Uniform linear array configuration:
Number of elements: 4
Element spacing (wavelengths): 1
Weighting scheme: binomial
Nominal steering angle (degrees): -15
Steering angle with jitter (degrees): -13.766
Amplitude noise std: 0.05
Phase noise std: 0.05

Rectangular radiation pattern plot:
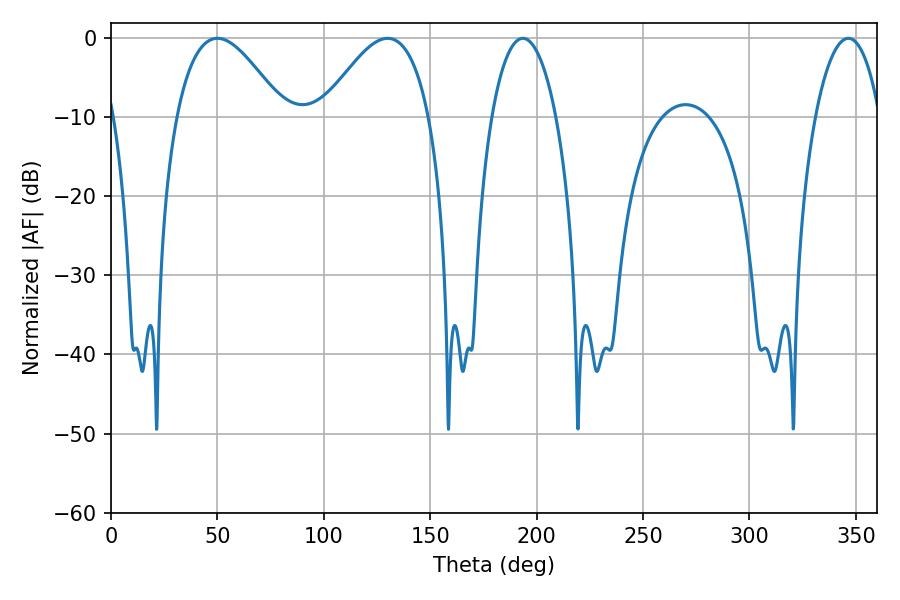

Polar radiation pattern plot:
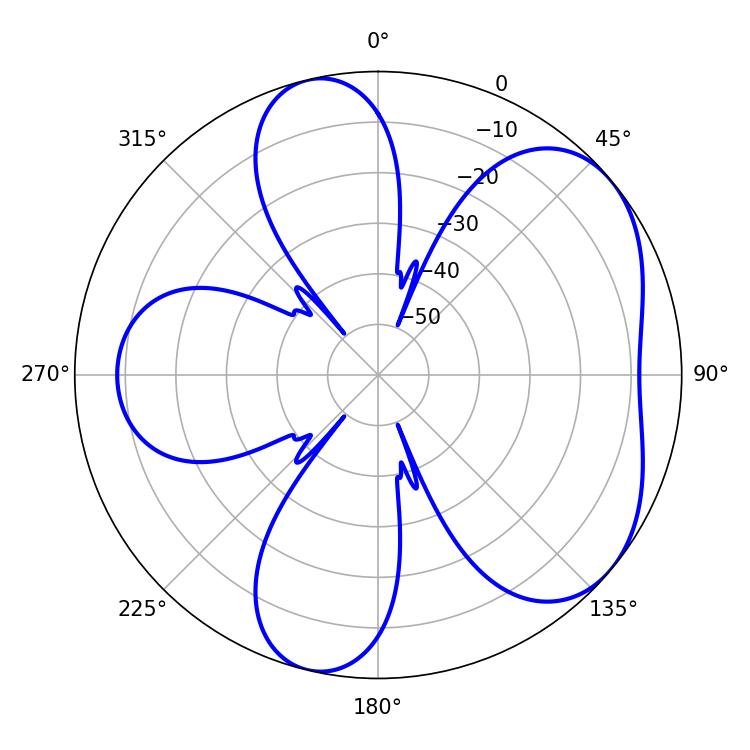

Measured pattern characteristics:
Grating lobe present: TRUE
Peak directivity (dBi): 5.053
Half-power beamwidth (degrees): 27.18
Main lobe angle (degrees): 50.04